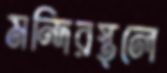
মন্দিরস্থলে